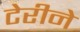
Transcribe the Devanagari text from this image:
टेरीने